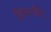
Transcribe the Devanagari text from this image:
विभजीत